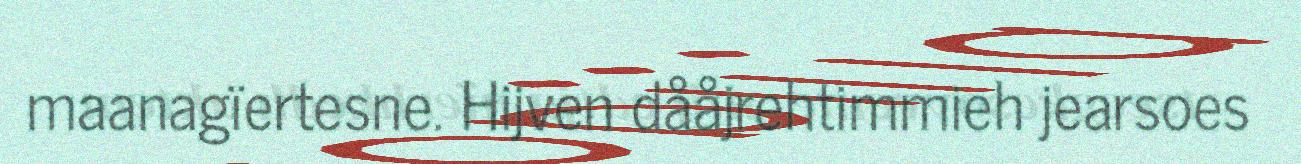
maanagïertesne. Hijven dååjrehtimmieh jearsoes